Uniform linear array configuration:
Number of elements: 48
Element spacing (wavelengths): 1
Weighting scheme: exponential
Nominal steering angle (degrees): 60
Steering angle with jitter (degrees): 60.408
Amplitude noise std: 0.05
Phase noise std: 0.05

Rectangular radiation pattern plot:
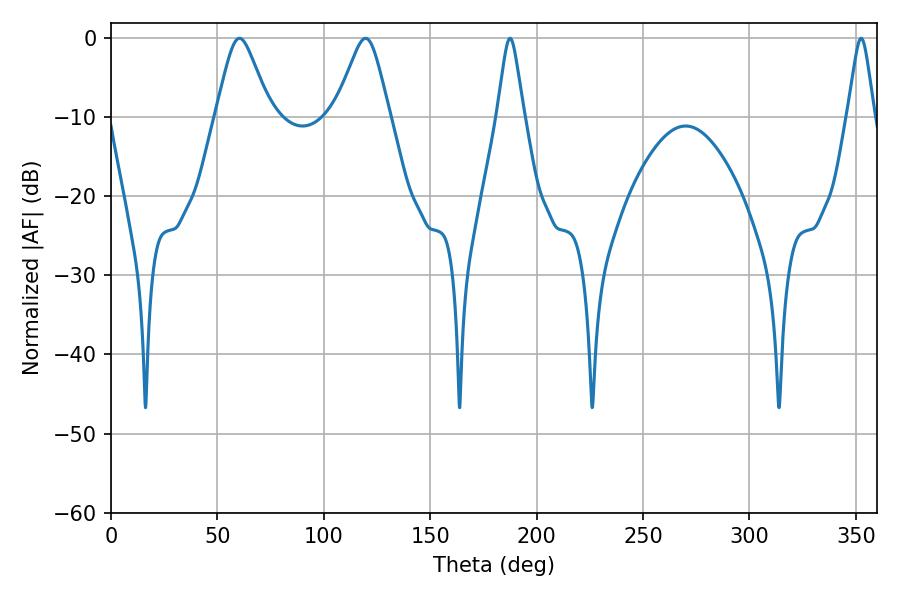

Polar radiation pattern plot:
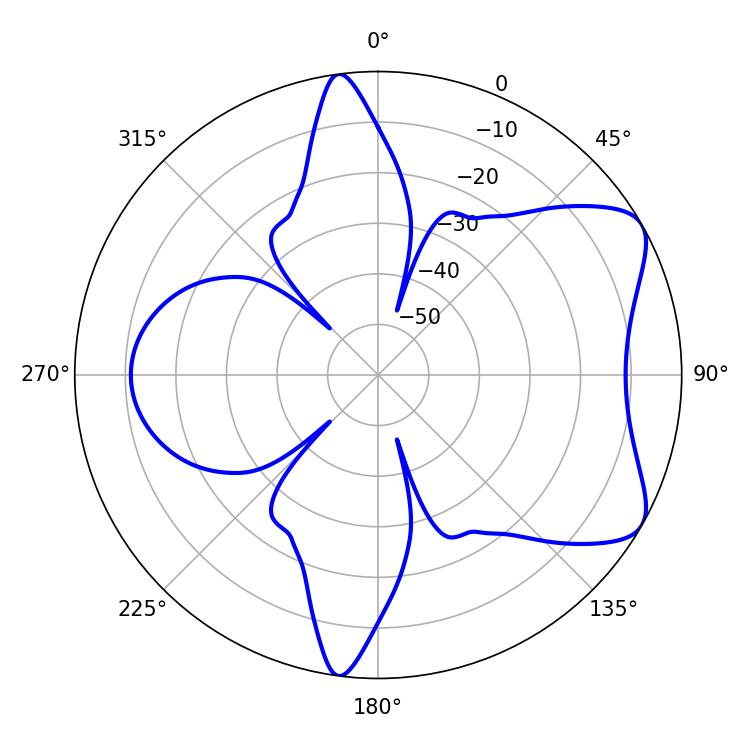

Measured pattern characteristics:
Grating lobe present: TRUE
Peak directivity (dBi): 6.931
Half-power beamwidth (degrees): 12.06
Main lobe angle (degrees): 60.3